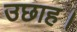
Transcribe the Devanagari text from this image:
उछाह।